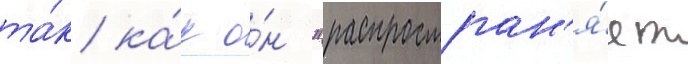
та́к ка́к о́н "распростран'я́ет